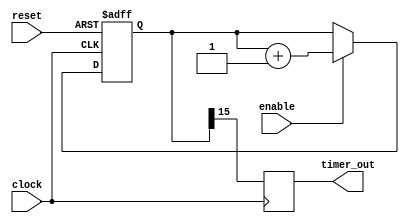
module timer_block (
    input wire clock,
    input wire reset,
    input wire enable,
    output reg timer_out
);

reg [15:0] counter;

always @(posedge clock or posedge reset) begin
    if (reset) begin
        counter <= 16'd0; // Initial value for the counter
    end else if (enable) begin
        // Specify the increment/decrement rate here
        counter <= counter + 1; 
    end
end

// Synchronization block
always @(posedge clock) begin
    timer_out <= counter[15]; // Synchronize timer signal with clock signal
end

endmodule